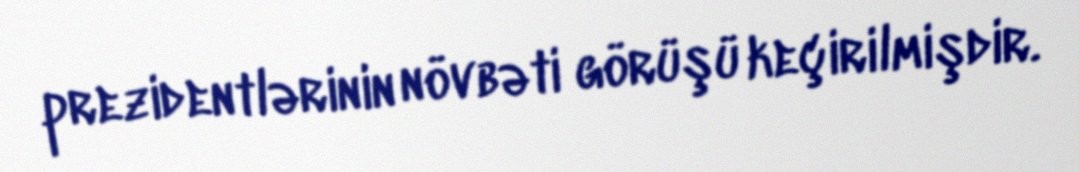
prezidentlərinin növbəti görüşü keçirilmişdir.